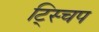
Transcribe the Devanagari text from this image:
ट्स्चिप